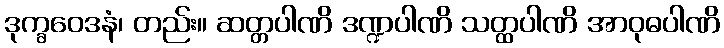
ဒုက္ခဝေဒနံ၊ တည်း။ ဆတ္တပါဏိ ဒဏ္ဍပါဏိ သတ္ထပါဏိ အာဝုဓပါဏိ